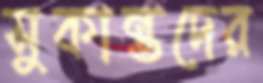
সুকান্তদের